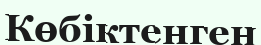
Көбіктенген